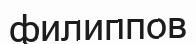
филиппов